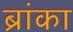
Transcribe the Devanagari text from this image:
ब्रांका